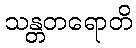
သန္တတရောတိ